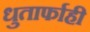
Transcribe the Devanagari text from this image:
धुतार्फाही